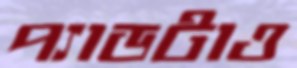
প্যাডটাও